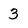
Character: 3